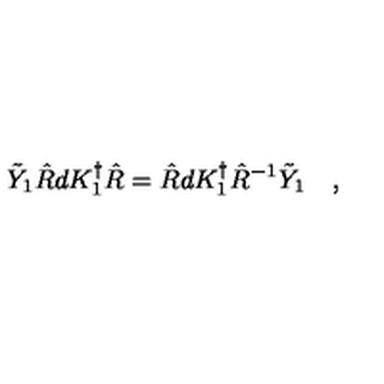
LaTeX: \tilde { Y } _ { 1 } \hat { R } d K _ { 1 } ^ { \dagger } \hat { R } = \hat { R } d K _ { 1 } ^ { \dagger } \hat { R } ^ { - 1 } \tilde { Y } _ { 1 } \quad ,